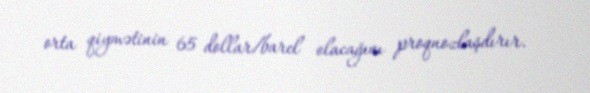
orta qiymətinin 65 dollar/barel olacağını proqnozlaşdırır.